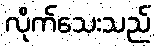
လိုက်သေးသည်